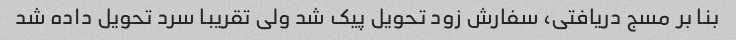
بنا بر مسج دریافتی، سفارش زود تحویل پیک شد ولی تقریبا سرد تحویل داده شد